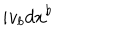
LaTeX: i v _ { b } d x ^ { b }